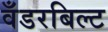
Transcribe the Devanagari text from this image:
वँडरबिल्ट